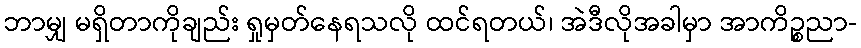
ဘာမျှ မရှိတာကိုချည်း ရှုမှတ်နေရသလို ထင်ရတယ်၊ အဲဒီလိုအခါမှာ အာကိဉ္စညာ-